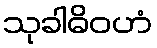
သုခါဓိဝဟံ